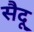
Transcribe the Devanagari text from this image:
सैदू